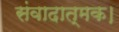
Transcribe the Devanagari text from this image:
संवादात्मक।